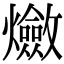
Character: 𤒦